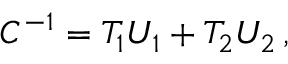
C ^ { - 1 } = T _ { 1 } U _ { 1 } + T _ { 2 } U _ { 2 } \, ,